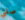
صلني